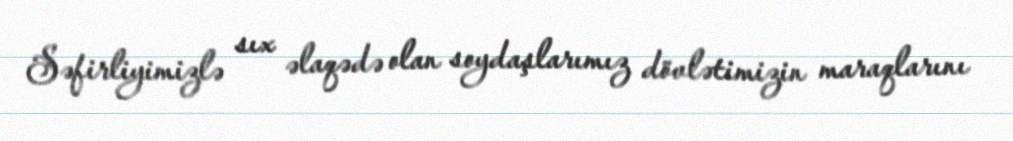
Səfirliyimizlə sıx əlaqədə olan soydaşlarımız dövlətimizin maraqlarını